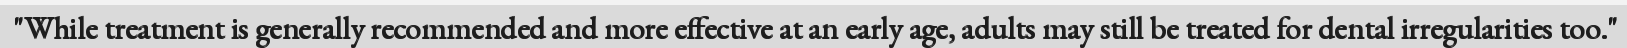
"While treatment is generally recommended and more effective at an early age, adults may still be treated for dental irregularities too."